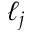
\ell _ { j }